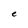
Character: e